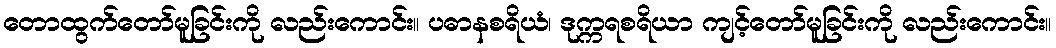
တောထွက်တော်မူခြင်းကို လည်းကောင်း။ ပဓာနစရိယံ၊ ဒုက္ကရစရိယာ ကျင့်တော်မူခြင်းကို လည်းကောင်း။